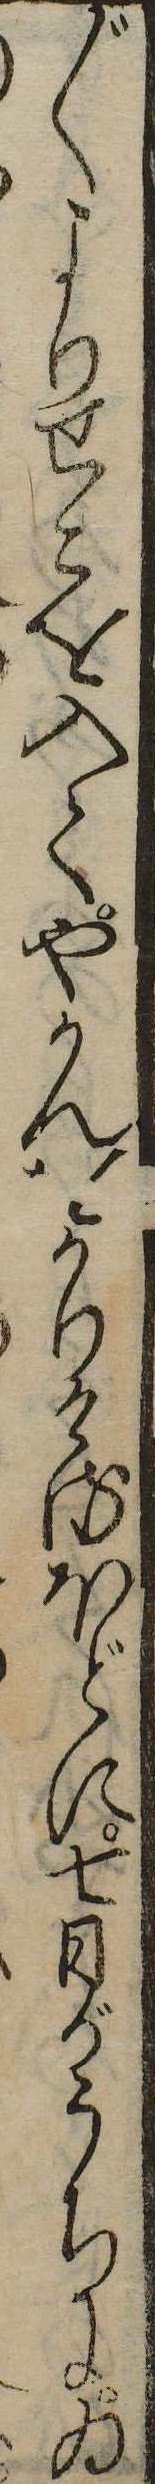
〲よりせこを入てやかんをかりけるほどに七日がうちにゐ